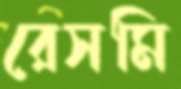
রেসমি